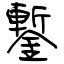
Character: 鏨